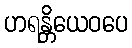
ဟရန္တိယေဝပေ